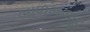
બાળમજૂર